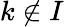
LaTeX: k\notin{I}